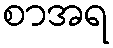
စာအရ